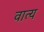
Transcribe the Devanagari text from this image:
वात्य